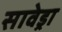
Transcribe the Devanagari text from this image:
सावेड्रा